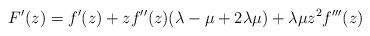
LaTeX: \begin{align*} F'(z)=f'(z)+zf''(z)(\lambda-\mu+2\lambda\mu)+\lambda\mu z^{2}f'''(z)\end{align*}